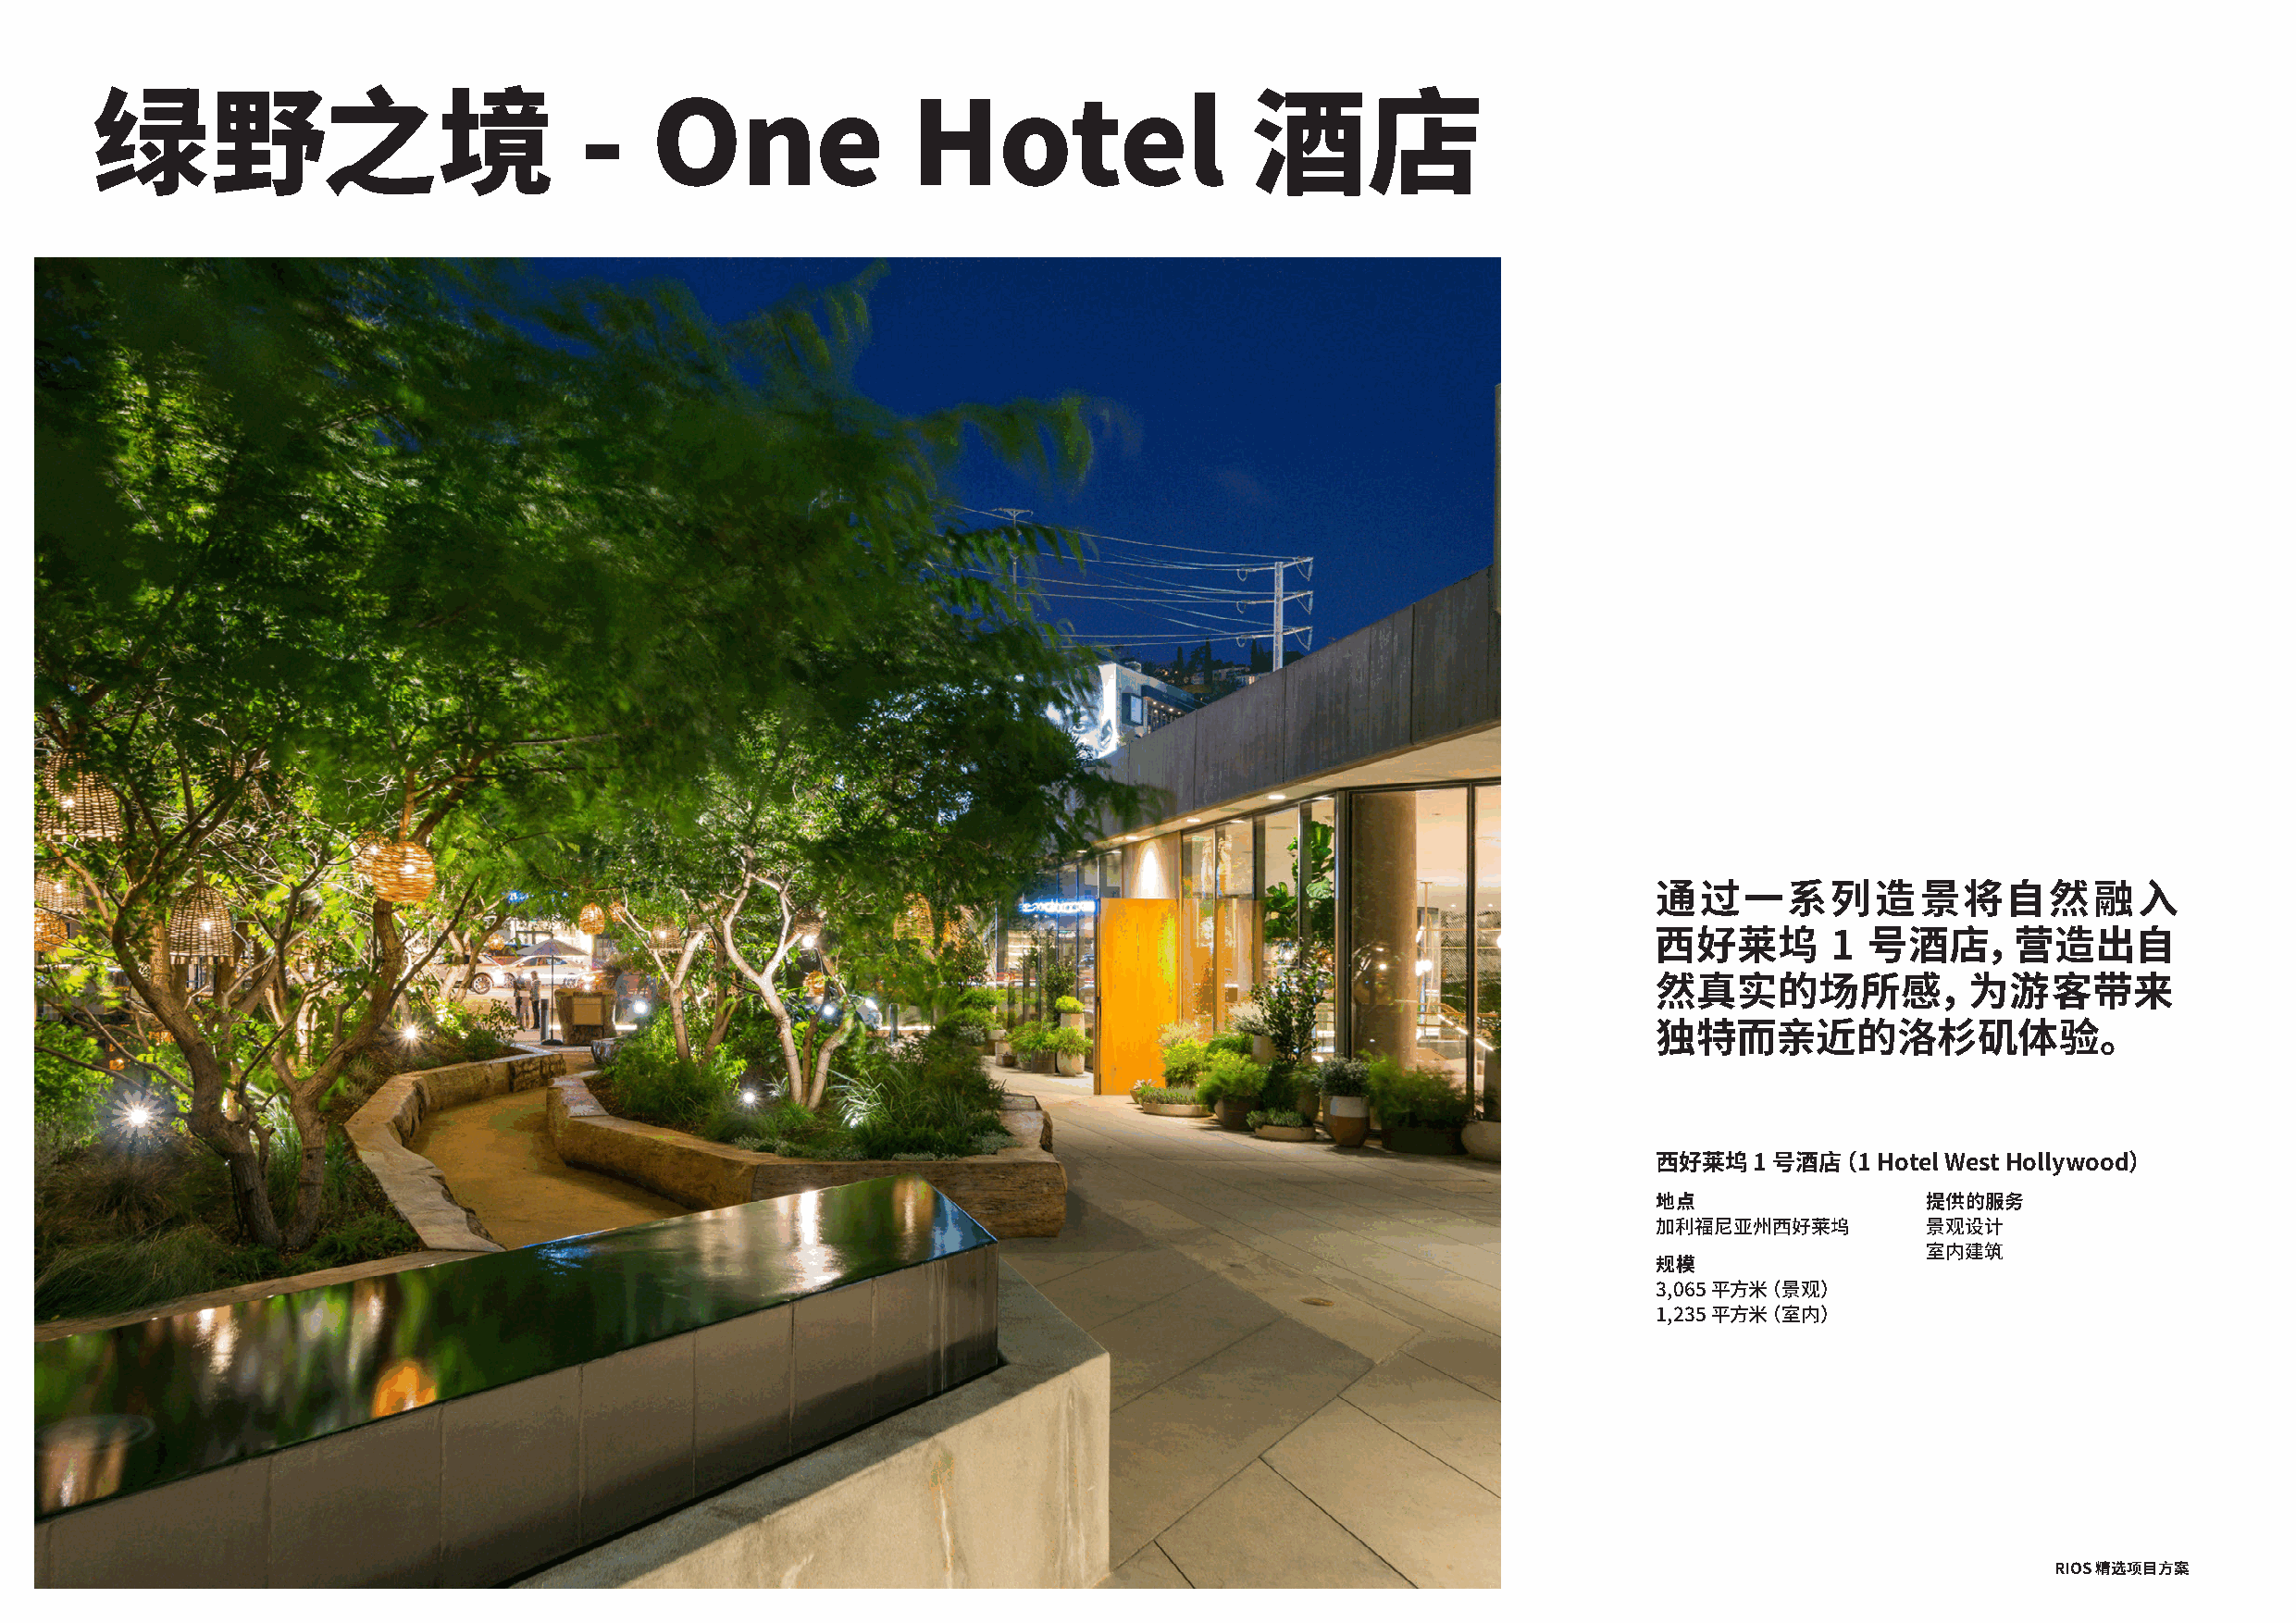
绿野之境                               -    One               Hotel                    酒店
 通过一系列造景将自然融入
 西好莱坞         1  号酒店，营造出自
 然真实的场所感，为游客带来
 独特而亲近的洛杉矶体验。
 西好莱坞   1 号酒店（1  Hotel West Hollywood）
 地点                  提供的服务
 加利福尼亚州西好莱坞          景观设计
 室内建筑
 规模
 3,065 平方米（景观）
 1,235 平方米（室内）
 RIOS 精选项目方案                                                                                                                                 RIOS 精选项目方案